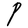
Character: P